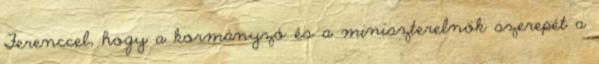
Ferenccel, hogy a kormányzó és a miniszterelnök szerepét a